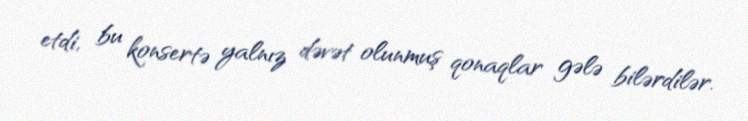
etdi, bu konsertə yalnız dəvət olunmuş qonaqlar gələ bilərdilər.